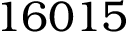
1 6 0 1 5